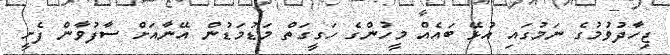
ޖިހާދުވުމުގެ ނަމުގައި އުޅޭ ބައެއް މީހުންގެ ހަގީގަތް މަޑުމަޑުން އޭނާއަށް ސާފުވާން ފެށީ